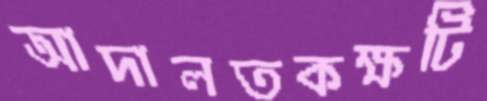
আদালতকক্ষটি